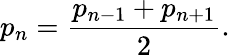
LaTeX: p_{n}={\frac{p_{n-1}+p_{n+1}}{2}}.